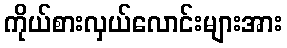
ကိုယ်စားလှယ်လောင်းများအား